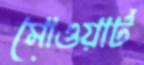
মোওয়ার্ট